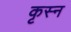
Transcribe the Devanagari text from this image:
कृस्न